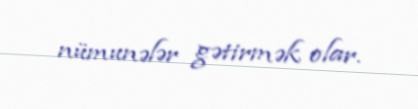
nümunələr gətirmək olar.